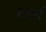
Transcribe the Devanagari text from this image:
हवर्ड